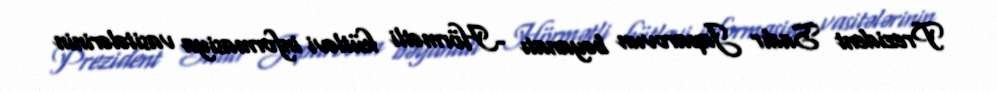
Prezident Sadır Japarovun bəyanatı -Hörmətli kütləvi informasiya vasitələrinin